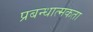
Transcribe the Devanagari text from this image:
प्रबन्धात्मकता